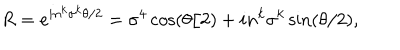
LaTeX: R = e ^ { i n ^ { k } \sigma ^ { k } \theta / 2 } = \sigma ^ { 4 } \cos ( \theta / 2 ) + i n ^ { k } \sigma ^ { k } \sin ( \theta / 2 ) ,